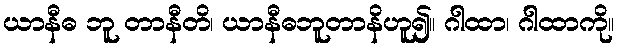
ယာနီဓ ဘူ တာနီတိ၊ ယာနီဓဘူတာနိဟူ၍။ ဂါထာ၊ ဂါထာကို။